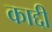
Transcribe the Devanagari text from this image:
काद्दी